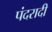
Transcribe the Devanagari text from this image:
पंदरादी